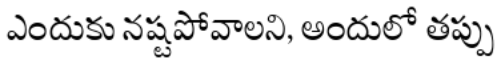
ఎందుకు నష్టపోవాలని, అందులో తప్పు